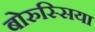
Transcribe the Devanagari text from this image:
बोरुस्सिया